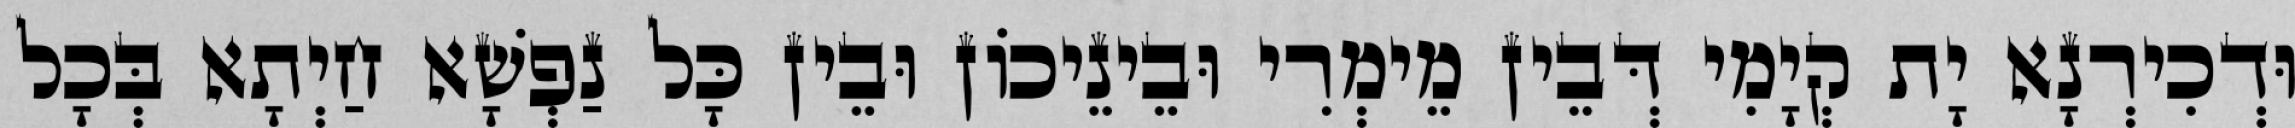
וּדְכִירְנָא יָת קְיָמִי דְּבֵין מֵימְרִי וּבֵינֵיכוֹן וּבֵין כָּל נַפְשָׁא חַיְתָא בְּכָל